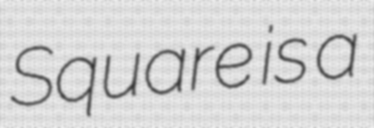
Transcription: Square is a